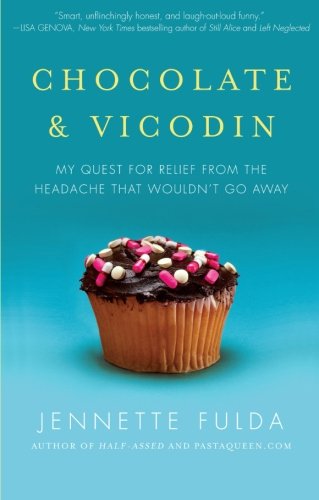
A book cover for Chocolate & Vicodin: My Quest for Relief from the Headache that Wouldn't Go Away; Jennette Fulda; Health, Fitness & Dieting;